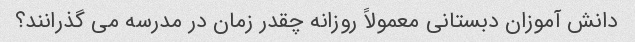
دانش آموزان دبستانی معمولاً روزانه چقدر زمان در مدرسه می گذرانند؟